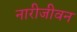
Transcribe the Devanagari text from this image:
नारीजीवन